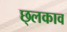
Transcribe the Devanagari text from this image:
छ्लकाव